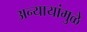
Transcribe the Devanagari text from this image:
अन्यायांमुळे